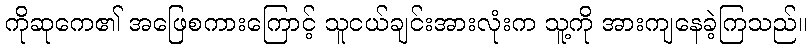
ကိုဆုကေ၏ အဖြေစကားကြောင့် သူငယ်ချင်းအားလုံးက သူ့ကို အားကျနေခဲ့ကြသည်။